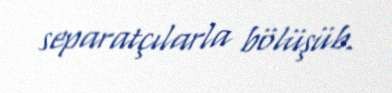
separatçılarla bölüşüb.